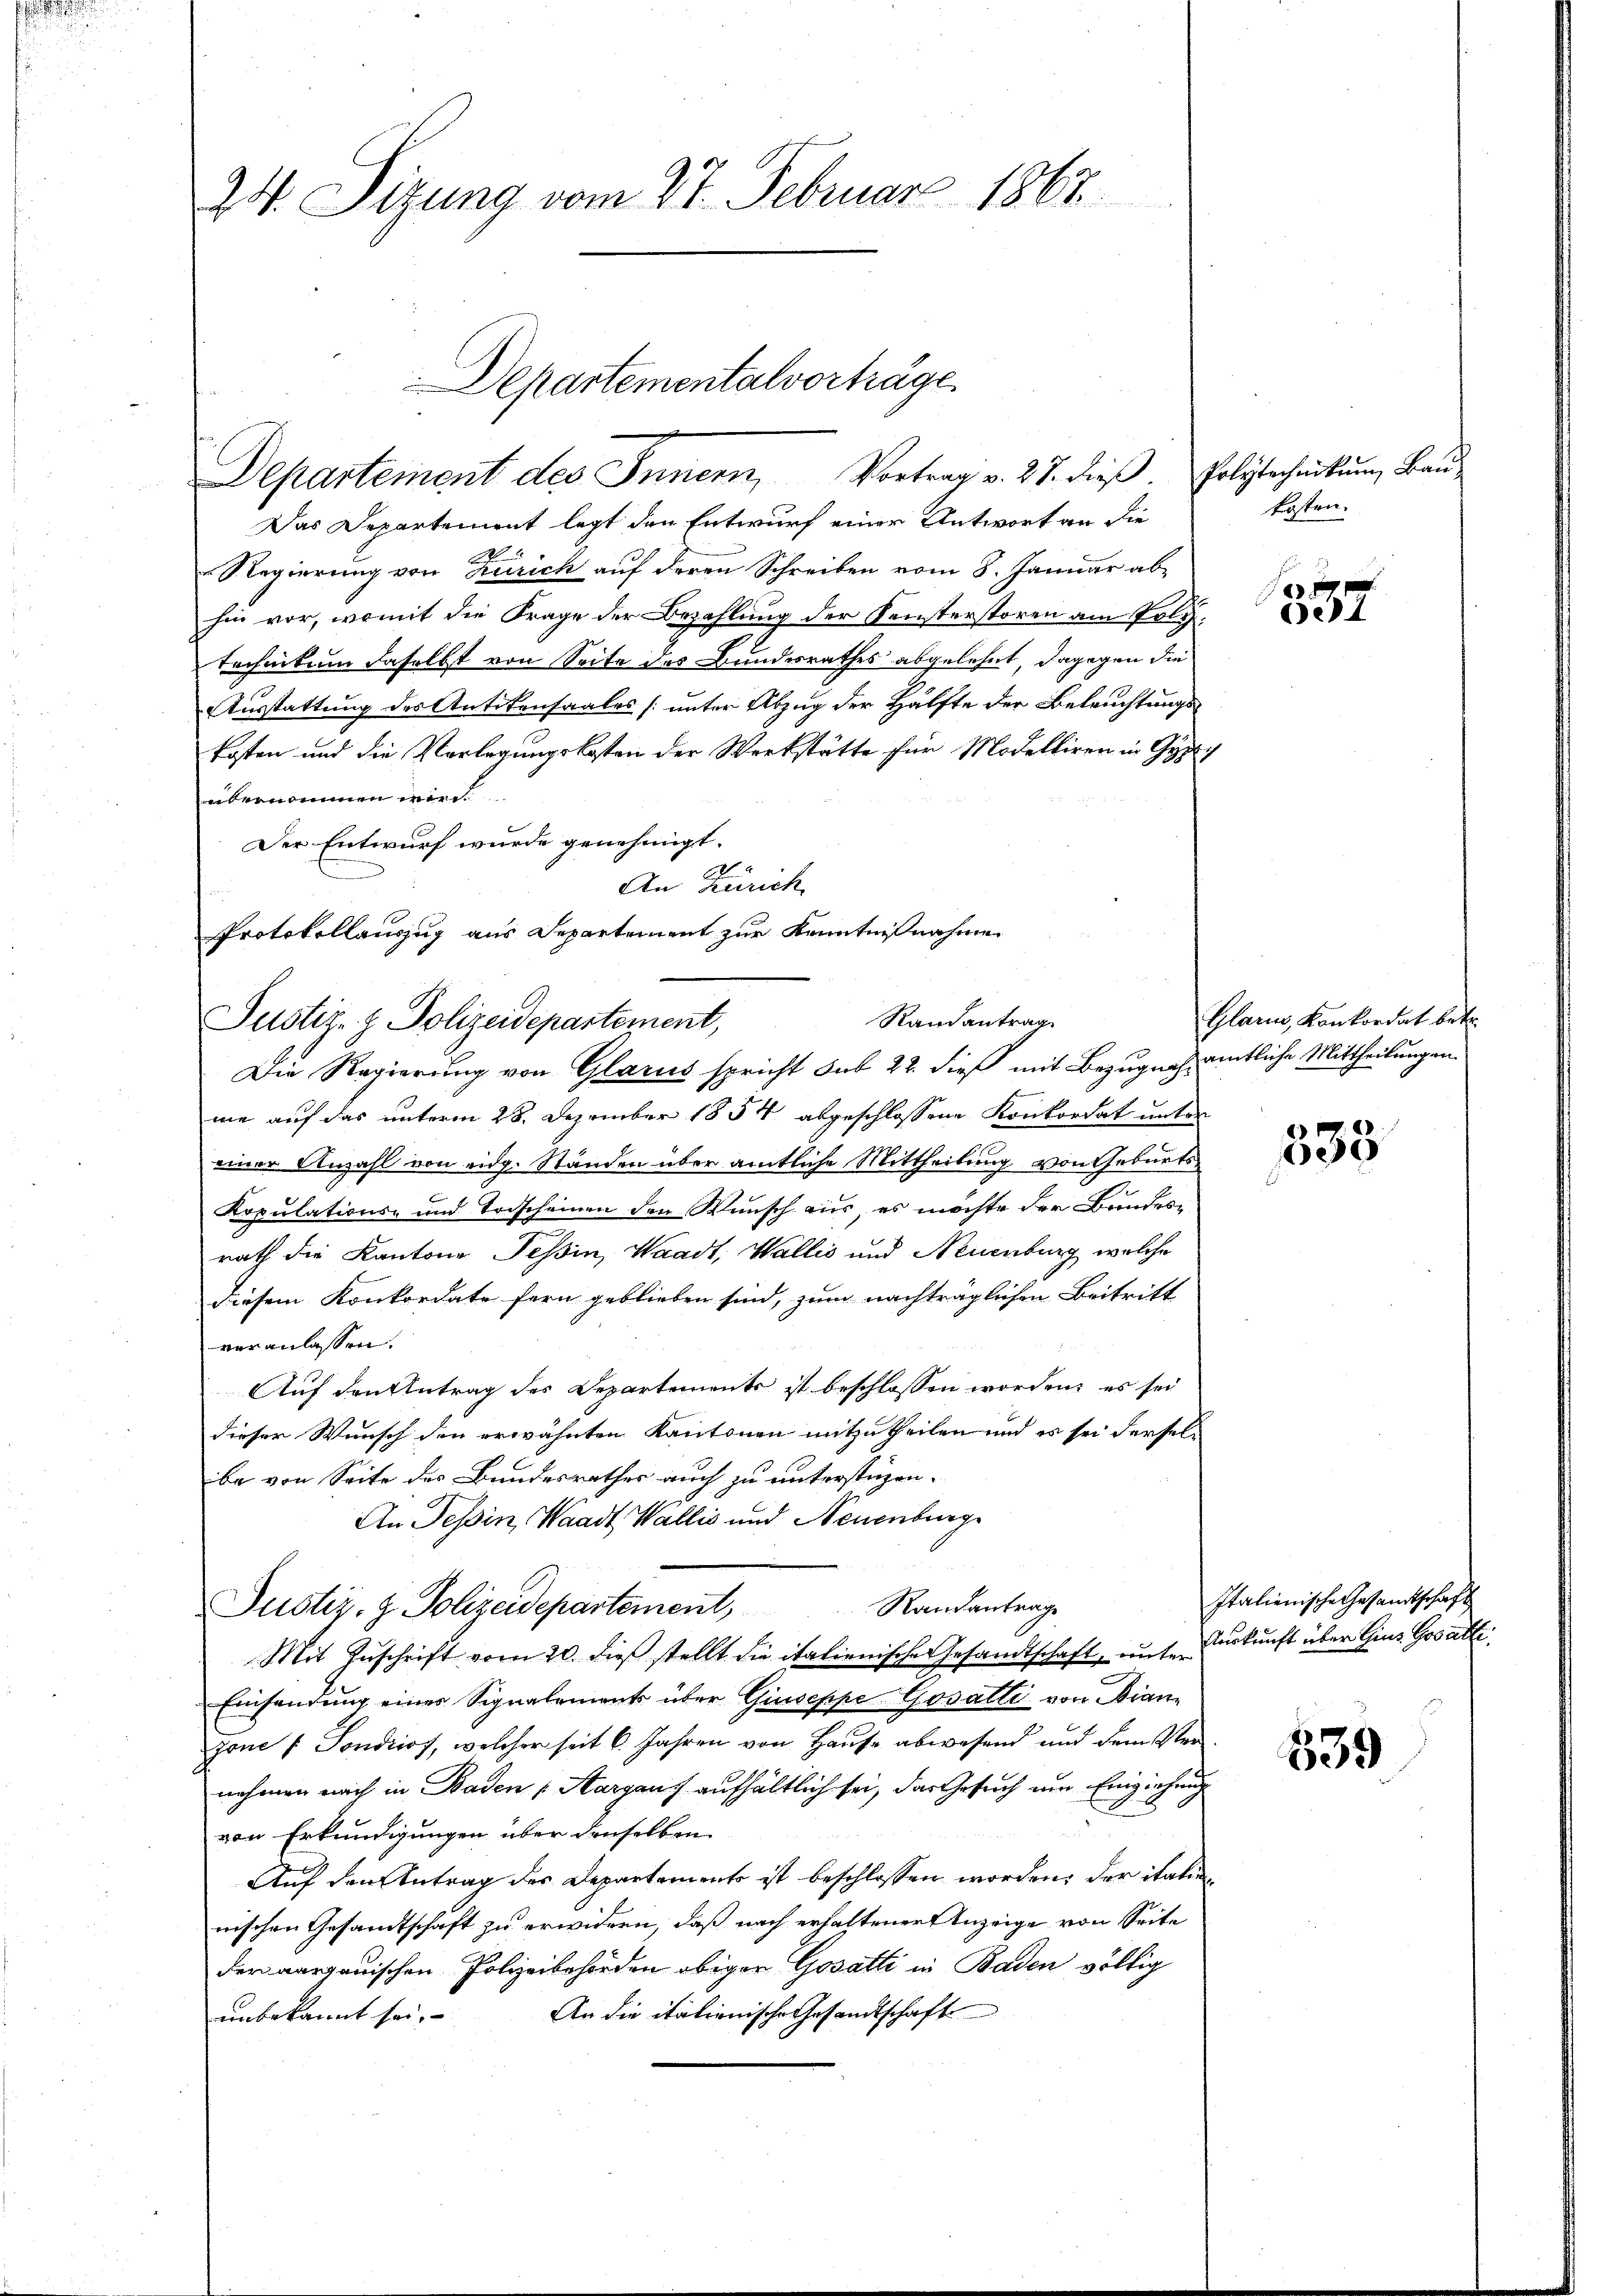
.

24. Sizung vom 27. Februar 1867

Das Departement legt den Entwurf einer Antwort an die
Regierung von Zürich auf deren Schreiben vom 8. Januar ab-
hin vor, womit die Frage der Bezahlung der Fensterstören am Politechnikum daselbst von Seite des Bundesrathes abgelehnt, dagegen die
Ausstattung des Antitensaales [unter Abzug der Hälfte der Beleuchtungskosten und die Vorlegungskosten der Werkstätte für Modelliren in Gerich
übernommen wird.
Der Entwurf wurde genehmigt.
An Zürich
Protokollauszug aus Departement zur Kenntnißnahme
Die Regierung von Glarus spricht sub 22. dieß mit Bezugnah amtliche Mittheilungen
me auf das unterm 28. Dezember 1854 abgeschlossene Konkordat unter
einer Anzahl von eidg. Ständen über amtliche Mittheilung von Geburts¬
Kopulations- und Todscheinen den Wunsch aus, es möchte der Bundesrath die Kantone Tessin, Waadt, Wallis und Neuenburg, welche
diesem Konkordate fern geblieben sind, zum nachträglichen Beitritt
veranlassen.
Auf den Antrag des Departements ist beschlossen worden, es sei
dieser Wunsch den erwähnten Kantonen mitzutheilen und es sei derselbe von Seite des Bundesrathes auch zu unterstüzen.
An Tessin, Waadt, Wallis und Neuenburg
Randantrage
Justiz- & Polizeidepartement,
Mit Zŭschrift vom 20. dieβ stellt die italienische Gesandtschaft, unterkunft über Gins Gesätti
Einsendung einer Signalements über Giuseppe Gosatti von Bian-
zone / Sondrios, welcher seit 6. Jahren von Haŭse abwesend und dem Ver-
nehmen nach in Baden (Aargauf aufhältlich sei, das Gesuch um Einziehung
von Erkundigungen über denselben
Auf den Antrag des Departements ist beschlossen worden, der italien
wischen Gesamtschaft zu erwidern, daß nach erhaltener Anzeige von Seite
der aargauischen Polizeibehörden obiger Gosatti in Baden völlig
An die itationische Gesandtschaft
unbekannt sei,

Departementalvorträge
Departement des Innern, Vortrag v. 27. dieβ. Polytechnikum, Bau¬

Justiz- & Polizeidepartement,

Randantrag

kosten.

357

Glarus, Konkordat betr.

333

Italienische Gesandtschaft

539